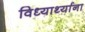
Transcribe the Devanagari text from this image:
विध्यार्थ्याना